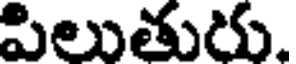
పిలుతురు.